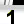
Digit: 1